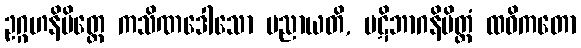
ဥဂ္ဂဟနိမိတ္တေ ကသိဏဒေါသော ပညာယတိ, ပဋိဘာဂနိမိတ္တံ ထဝိကတော